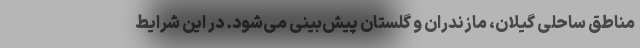
مناطق ساحلی گیلان، مازندران و گلستان پیش‌بینی می‌شود. در این شرایط